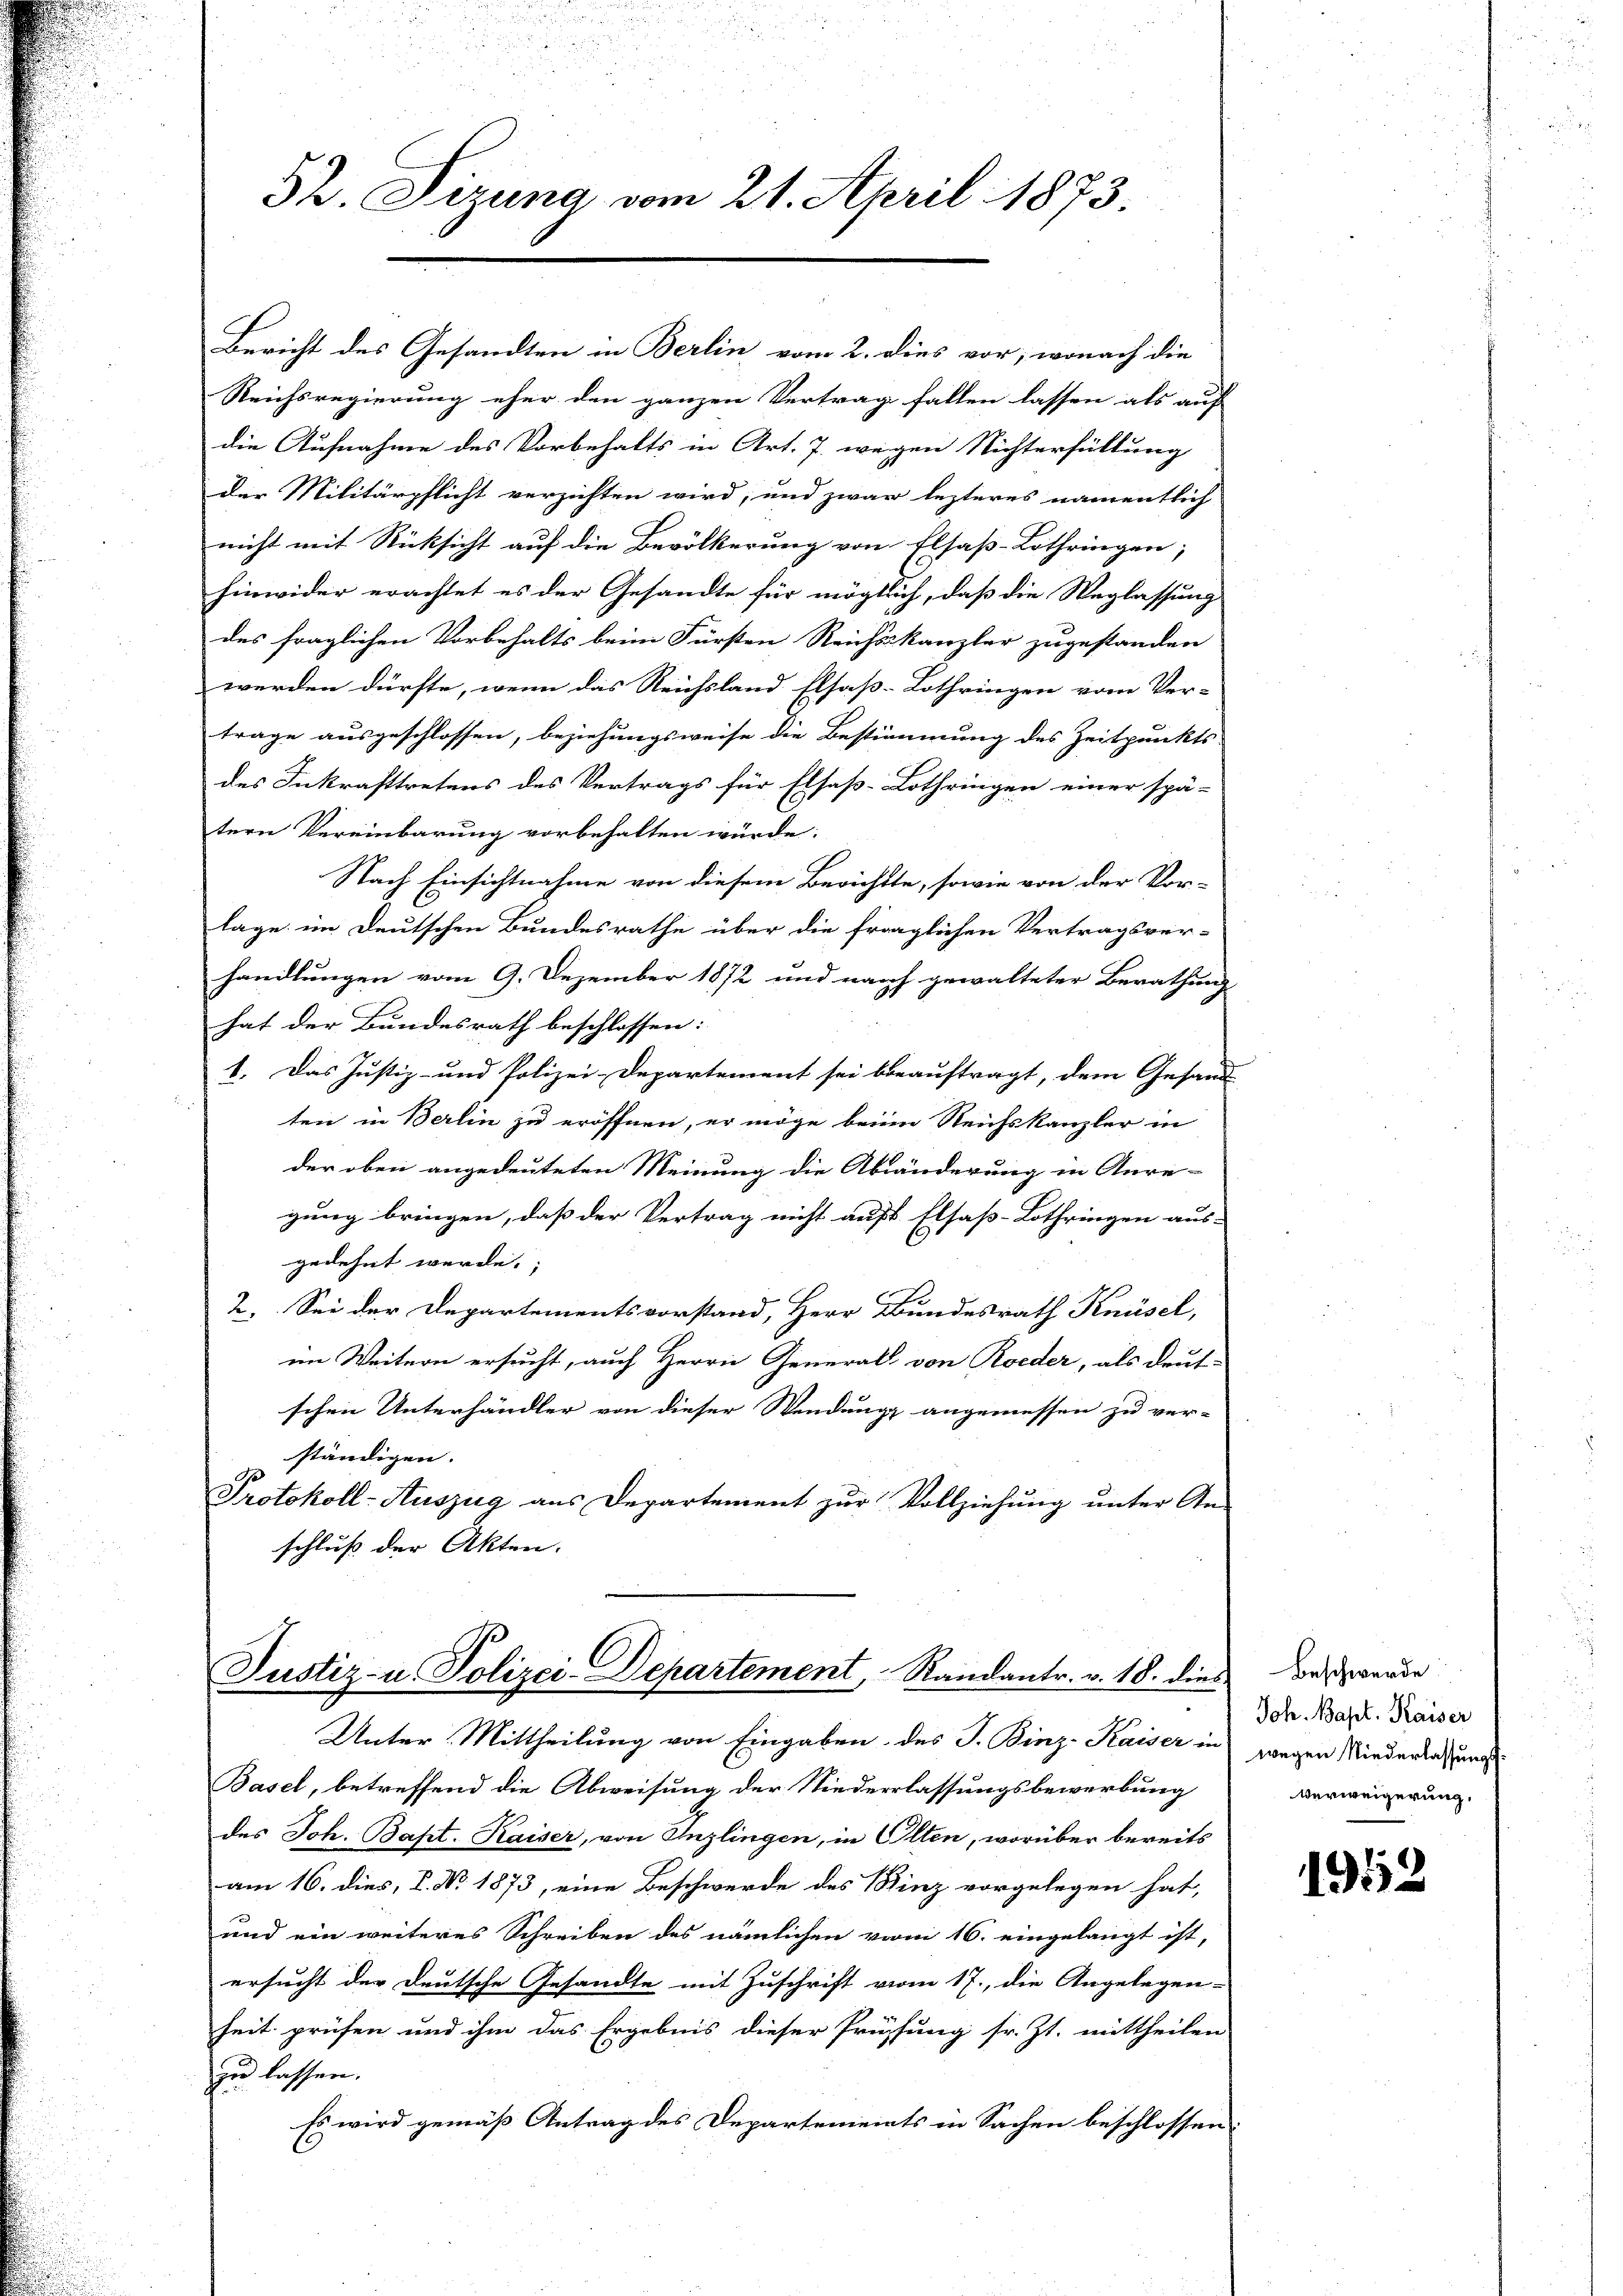
52. Sizung vom 21. April 1873.

Reichsregierung eher den ganzen Vertrag fallen lassen als auf
die Aufnahme des Vorbehalts in Art. 7. wegen Nichterfüllung
der Militärpflicht verzichten wird, und zwar lezteres namentlich
nicht mit Rücksicht auf die Bevölkerung von Elsaß-Lothringen;
hinwider erachtet es der Gesandte für mögtlich, daß die Weglassung
des fraglichen Vorbehalts beim Fürsten Reichskanzler zugestanden
werden dürfte, wenn das Reichsland Elsaß-Lothringen vom Ver-
trage ausgeschlossen, beziehungsweise die Bestimmung des Zeitpunkts
des Inkrafttretens des Vertrags für Elsaß-Lothringen einer spä-
tern Vereinbarung vorbehalten würde:
Nach Einsichtnahme von diesem Berichtte, sowie von der Vor-
lage im Deutschen Bundesrathe über die fraglichen Vertragsver-
handlungen vom 9. Dezember 1872 und nach gewalteter Berathung
hat der Bundesrath beschlossen:
1. Das Justiz- und Polizei-Departement sei beauftragt, dem Gesand
ten in Berlin zu eröffnen, er möge beim Reichskanzler in
der oben angedeuteten Meinung die Abänderung in Anre-
gung bringen, daß der Vertrag nicht auf Elsaß-Lothringen aus-
gedehnt werde.
2. Sei der Departementsvorstand, Herr Bundesrath Knüsel,
im Weitern ersucht, auch Herrn General von Roeder, als deut-
schen Unterhändler von dieser Wendung angemessen zu ver-
ständigen. |
Protokoll-Auszug aus Departement zur Vollziehung unter An-
schluß der Akten.

Bericht des Gesandten in Berlin vom 2. dies vor, wonach die

Justiz- u. Polizei-Departement, Randantr. v. 18. dies

Unter Mittheilung von Eingaben des J. Binz-Kaiser in
Basel, betreffend die Abweisung der Niederlassungsbewerbung
des Joh. Bapt. Kaiser, von Inzlingen, in Olten, worüber bereits
am 16. dies, P. Nr. 1873, eine Beschwerde des Binz vorgelegen hat,
und ein weiteres Schreiben des nämlichen vom 16. eingelangt ist,
ersucht der Deutsche Gesandte mit Zuschrift vom 17., die Angelegen-
heit prüfen und ihm das Ergebnis dieser Prüfung sr. Zt. mittheilen
zu lassen.
Es wird gemäß Antrag des Departements in Sachen beschlossen,

Beschwerde
Joh. Bapt. Kaiser
wegen Niederlassungs¬
Verweigerung.

1953